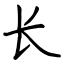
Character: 长